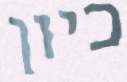
כיון